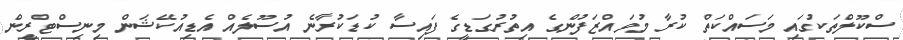
ސްކޫލްތަކުގައި މަސައްކަތް ކުރާ މުވައްޒަފުންގެ އިތުރުގަޑީގެ ފައިސާ ކުޑަކުރާނެ އުސޫލެއް އެޑިއުކޭޝަން މިނިސްޓްރީން